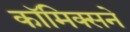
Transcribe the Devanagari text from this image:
कॉमिक्सने